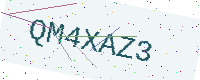
Text: QM4XAZ3